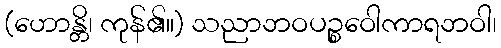
(ဟောန္တိ၊ ကုန်၏။) သညာဘဝပဉ္စဝေါကာရဘဝါ၊